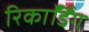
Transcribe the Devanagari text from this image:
रिकाॅर्डिंग